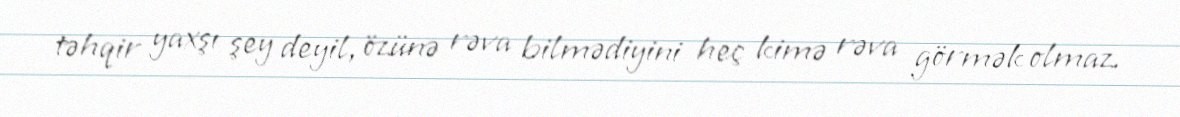
təhqir yaxşı şey deyil, özünə rəva bilmədiyini heç kimə rəva görmək olmaz.